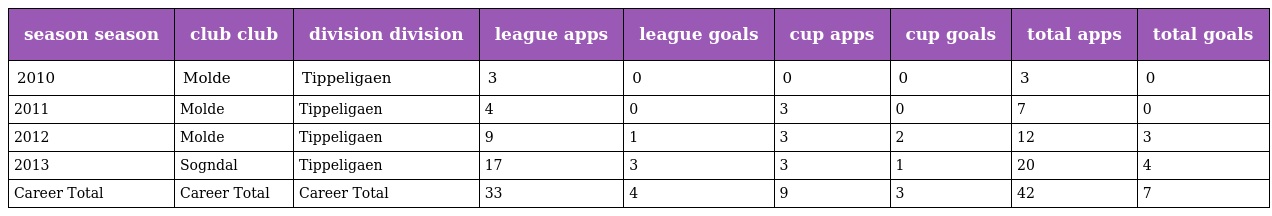
| season season | club club | division division | league apps | league goals | cup apps | cup goals | total apps | total goals |
 | --- | --- | --- | --- | --- | --- | --- | --- | --- |
 | 2010 | Molde | Tippeligaen | 3 | 0 | 0 | 0 | 3 | 0 |
 | 2011 | Molde | Tippeligaen | 4 | 0 | 3 | 0 | 7 | 0 |
 | 2012 | Molde | Tippeligaen | 9 | 1 | 3 | 2 | 12 | 3 |
 | 2013 | Sogndal | Tippeligaen | 17 | 3 | 3 | 1 | 20 | 4 |
 | Career Total | Career Total | Career Total | 33 | 4 | 9 | 3 | 42 | 7 |